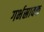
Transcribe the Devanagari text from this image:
गर्भस्रावक